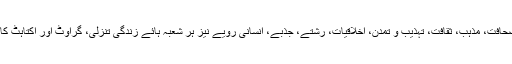
سیاست، صحافت، مذہب، ثقافت، تہذیب و تمدن، اخلاقیات، رشتے، جذبے، انسانی رویے نیز ہر شعبہ ہائے زندگی تنزلی، گراوٹ اور اکتاہٹ کا شکار ہے۔